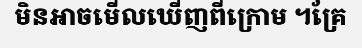
មិនអាចមើលឃើញពីក្រោម ។គ្រែ